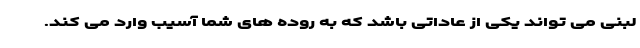
لبنی می تواند یکی از عاداتی باشد که به روده های شما آسیب وارد می کند.